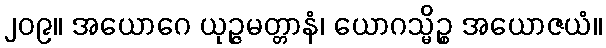
၂၀၉။ အယောဂေ ယုဉ္ဇမတ္တာနံ၊ ယောဂသ္မိဉ္စ အယောဇယံ။